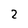
Character: 2